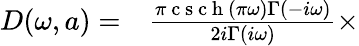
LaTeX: \begin{array}{rl}{D(\omega,a)=}&{{}\frac{\pi\mathrm{~c~s~c~h~}(\pi\omega)\Gamma(-i\omega)}{2i\Gamma(i\omega)}\times}\end{array}